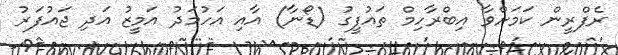
ރެފްރީން ކަމަށްވާ އިބްރާހިމް ތައުފީގު (ޑޯނާ) އާއި އަހުމަދު އަމީޒު އަދި ޖައުފަރު